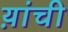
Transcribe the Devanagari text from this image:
य़ांची